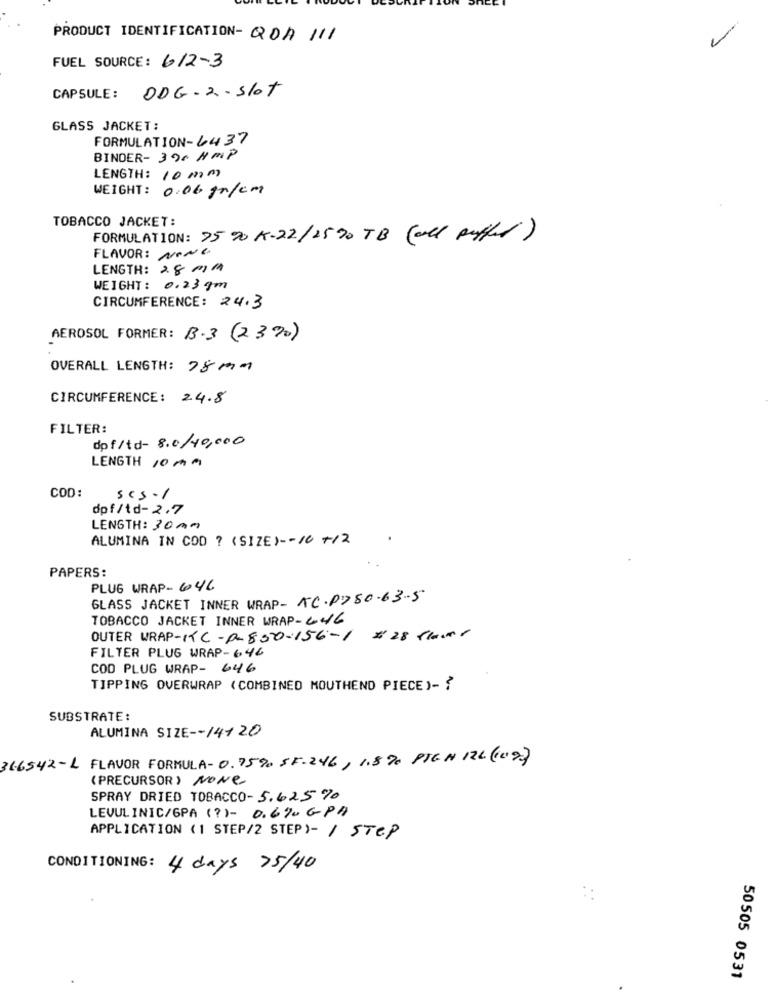
-
PRODUCT IDENTIFICATION- QOA 111
FUEL SOURCE: 612-3
DDG-2 - slot
CAPSULE:
GLASS JACKET:
FORMULATION-6437
BINDER- 390 NMP
LENGTH: 10 mm
WEIGHT: 0.06 g/cm
TOBACCO JACKET:
FORMULATION: 75% K-22/25 90 TB (all puffer)
FLAVOR: NONE
LENGTH: 28MM
WEIGHT: 0.23gm
CIRCUMFERENCE: 24.3
AEROSOL FORMER: 3.3 (2370)
OVERALL LENGTH: 78 mm
CIRCUMFERENCE: 24.8
FILTER:
dpf/td- 8.0/40,000
LENGTH 10 Mm
COD:
scs-1
dpf/td-2.7
LENGTH: 30 mm
ALUMINA IN COD ? (SIZE) -- 10 +/2
PAPERS:
PLUG WRAP- 646
GLASS JACKET INNER WRAP- AC.P780.63-5
TOBACCO JACKET INNER WRAP-646
OUTER WRAP-KC-0-850-156-1
# 28 flour
FILTER PLUG WRAP-646
COD PLUG WRAP- 646
TIPPING OVERWRAP ( COMBINED MOUTHEND PIECE )- ?
SUBSTRATE:
ALUMINA SIZE -- 14120
31.6542-L FLAVOR FORMULA- 0.75% SF-246, 1.8 % PTEN 122 (02)
( PRECURSOR ) NONE
SPRAY DRIED TOBACCO- 5.625%
LEVULINIC/6PA (?)- 0.6%0 GPA
APPLICATION (1 STEP/2 STEP)- / STEP
CONDITIONING: 4 days 75/40
50505 0531